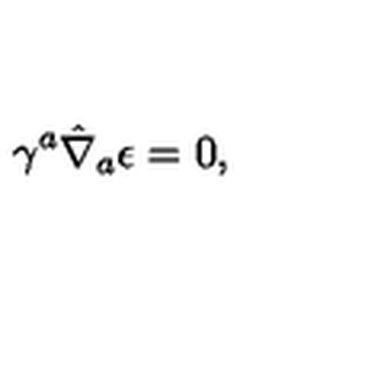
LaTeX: \gamma ^ { a } \hat { \nabla } _ { a } \epsilon = 0 ,